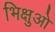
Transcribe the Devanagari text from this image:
भिक्षुओ